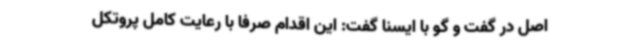
اصل در گفت و گو با ایسنا گفت: این اقدام صرفا با رعایت کامل پروتکل